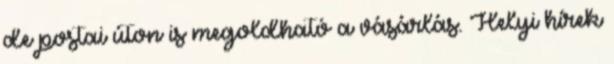
de postai úton is megoldható a vásárlás. Helyi hírek